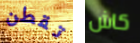
تقطن كاش